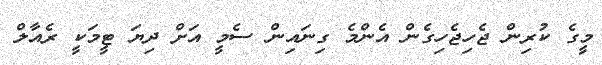
މީގެ ކުރިން ޖެހިޖެހިގެން އެންމެ ގިނައިން ސެމީ އަށް ދިޔަ ޓީމަކީ ރެއާލް